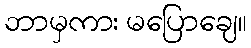
ဘာမှကား မပြောချေ။